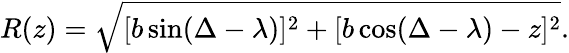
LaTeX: R(z)=\sqrt{[b\sin(\Delta-\lambda)]^{2}+[b\cos(\Delta-\lambda)-z]^{2}}.